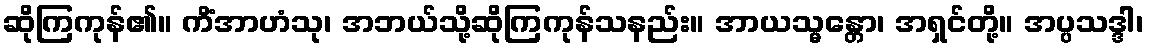
ဆိုကြကုန်၏။ ကိံအာဟံသု၊ အဘယ်သို့ဆိုကြကုန်သနည်း။ အာယသ္မန္တော၊ အရှင်တို့။ အပ္ပသဒ္ဒါ၊